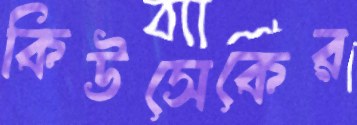
কিউসেকের